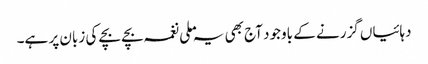
دہائیاں گزرنے کے باوجود آج بھی یہ ملی نغمہ بچے بچے کی زبان پر ہے۔